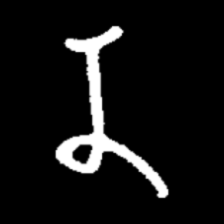
Pyu character \u2014 Myanmar letter: န (romanized: na)